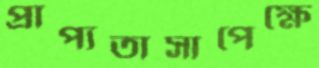
প্রাপ্যতাসাপেক্ষে